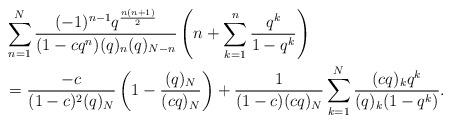
LaTeX: \begin{align*}& \sum_{n=1}^{N} \frac{(-1)^{n-1} q^{\frac{n(n+1)}{2}}}{ (1-cq^n) (q)_n (q)_{N-n} } \left(n + \sum_{k=1}^n \frac{q^k}{1- q^k} \right) \\ & =\frac{-c}{(1-c)^2(q)_N}\left( 1- \frac{(q)_N}{(cq)_N}\right) + \frac{1}{(1-c)(cq)_N} \sum_{k=1}^N \frac{(cq)_k q^k}{(q)_k (1-q^k) }.\end{align*}